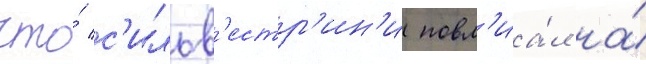
что́ с'ильв'естр'ин'и повл'иа́л на́